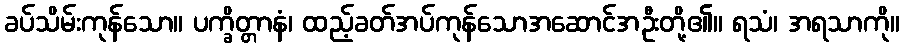
ခပ်သိမ်းကုန်သော။ ပက္ခိတ္တာနံ၊ ထည့်ခတ်အပ်ကုန်သောအဆောင်အဦးတို့၏။ ရသံ၊ အရသာကို။